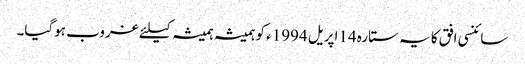
سائنسی افق کا یہ ستارہ 14اپریل 1994ء کو ہمیشہ ہمیشہ کیلئے غروب ہوگیا۔